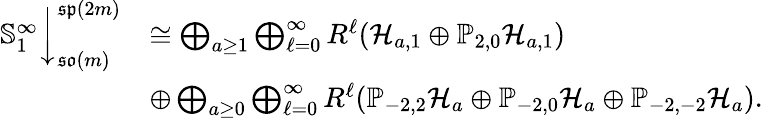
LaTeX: \begin{array}{rl}{\mathbb{S}_{1}^{\infty}\bigg\downarrow_{\mathfrak{so}(m)}^{\mathfrak{sp}(2m)}}&{\cong\bigoplus_{a\geq 1}\bigoplus_{\ell=0}^{\infty}R^{\ell}(\mathcal{H}_{a,1}\oplus\mathbb{P}_{2,0}\mathcal{H}_{a,1})}\\ &{\oplus\bigoplus_{a\geq 0}\bigoplus_{\ell=0}^{\infty}R^{\ell}(\mathbb{P}_{-2,2}\mathcal{H}_{a}\oplus\mathbb{P}_{-2,0}\mathcal{H}_{a}\oplus\mathbb{P}_{-2,-2}\mathcal{H}_{a}).}\end{array}